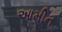
આમીન